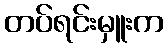
တပ်ရင်းမှူးက